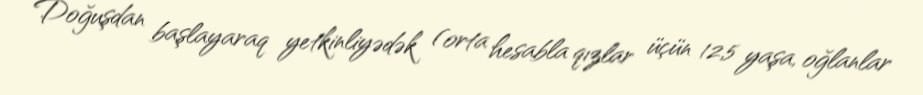
Doğuşdan başlayaraq yetkinliyədək (orta hesabla qızlar üçün 12,5 yaşa, oğlanlar